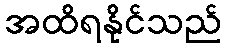
အထိရနိုင်သည်